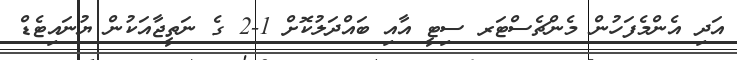
އަދި އެންމެފަހުން މެންޗެސްޓަރ ސިޓީ އާއި ބައްދަލުކޮށް 1-2 ގެ ނަތީޖާއަކުން ޔުނައިޓެޑް